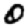
Digit: 0